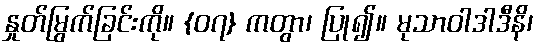
နှုတ်မြွက်ခြင်းကို။ {၀၇} ကတွာ၊ ပြု၍။ မုသာဝါဒါဒီနိ၊